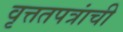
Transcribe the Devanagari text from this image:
वृत्ततपत्रांची